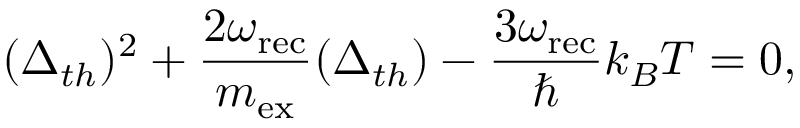
( \Delta _ { t h } ) ^ { 2 } + \frac { 2 \omega _ { \mathrm { r e c } } } { m _ { \mathrm { e x } } } ( \Delta _ { t h } ) - \frac { 3 \omega _ { \mathrm { r e c } } } { \hbar } k _ { B } T = 0 ,